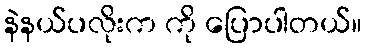
နဲနယ်ပလိုးက ကို ပြောပါတယ်။